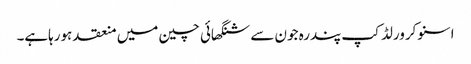
اسنوکرورلڈ کپ پندرہ جون سے شنگھائی چین میں منعقد ہورہاہے۔